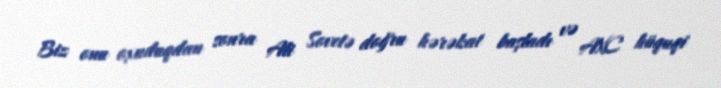
Biz onu oxuduqdan sonra Ali Sovetə doğru hərəkat başladı və AXC hüquqi